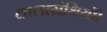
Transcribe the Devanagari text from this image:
लालाग्रंथियाँ।